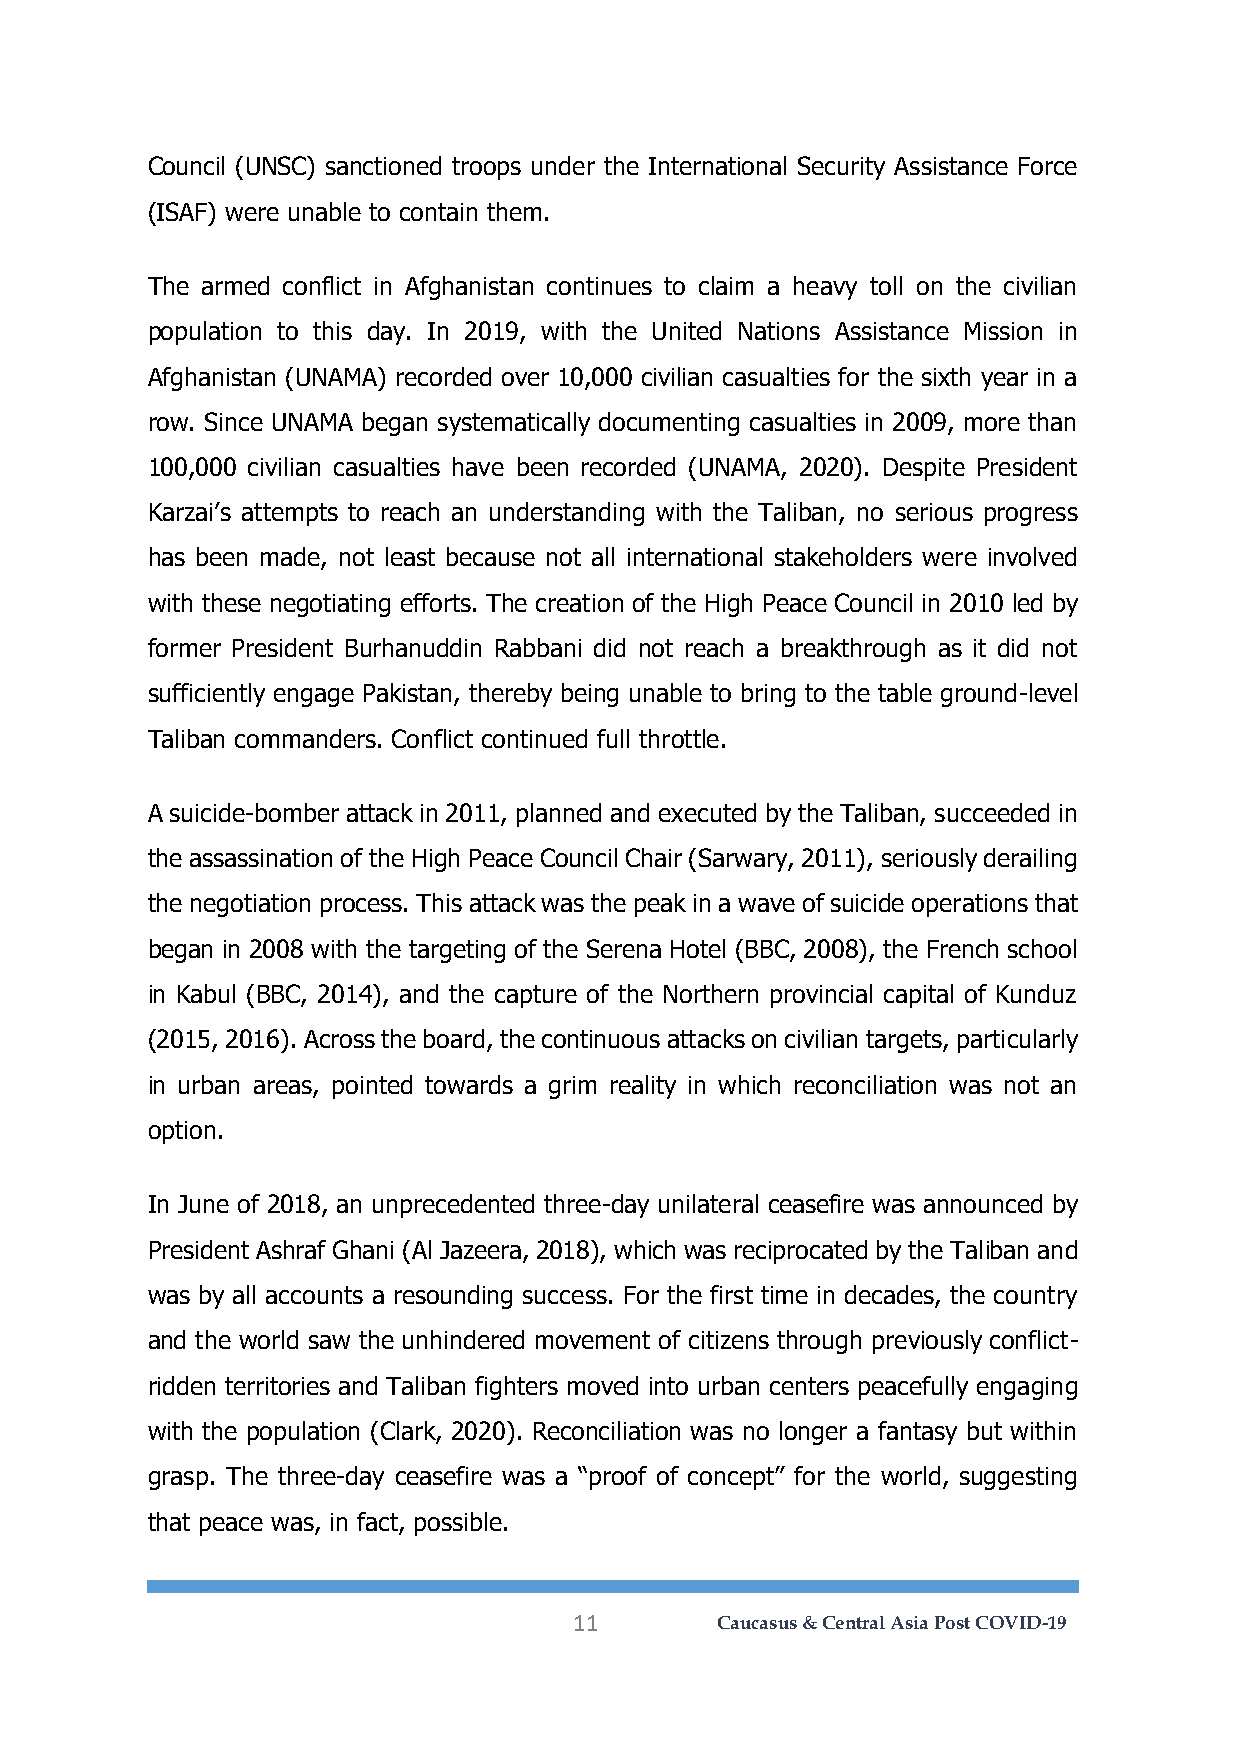
Council (UNSC) sanctioned troops under the International Security Assistance Force
 (ISAF) were unable to contain them.
 The armed conflict in Afghanistan continues to claim a heavy toll on the civilian
 population to this day. In 2019, with the United Nations Assistance Mission in
 Afghanistan (UNAMA) recorded over 10,000 civilian casualties for the sixth year in a
 row. Since UNAMA began systematically documenting casualties in 2009, more than
 100,000 civilian casualties have been recorded (UNAMA, 2020). Despite President
 Karzai’s attempts to reach an understanding with the Taliban, no serious progress
 has been made, not least because not all international stakeholders were involved
 with these negotiating efforts. The creation of the High Peace Council in 2010 led by
 former President Burhanuddin Rabbani did not reach a breakthrough as it did not
 sufficiently engage Pakistan, thereby being unable to bring to the table ground-level
 Taliban commanders. Conflict continued full throttle.
 A suicide-bomber attack in 2011, planned and executed by the Taliban, succeeded in
 the assassination of the High Peace Council Chair (Sarwary, 2011), seriously derailing
 the negotiation process. This attack was the peak in a wave of suicide operations that
 began in 2008 with the targeting of the Serena Hotel (BBC, 2008), the French school
 in Kabul (BBC, 2014), and the capture of the Northern provincial capital of Kunduz
 (2015, 2016). Across the board, the continuous attacks on civilian targets, particularly
 in urban areas, pointed towards a grim reality in which reconciliation was not an
 option.
 In June of 2018, an unprecedented three-day unilateral ceasefire was announced by
 President Ashraf Ghani (Al Jazeera, 2018), which was reciprocated by the Taliban and
 was by all accounts a resounding success. For the first time in decades, the country
 and the world saw the unhindered movement of citizens through previously conflict-
 ridden territories and Taliban fighters moved into urban centers peacefully engaging
 with the population (Clark, 2020). Reconciliation was no longer a fantasy but within
 grasp. The three-day ceasefire was a “proof of concept” for the world, suggesting
 that peace was, in fact, possible.
 11       Caucasus & Central Asia Post COVID-19